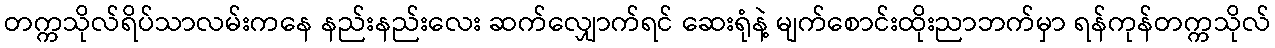
တက္ကသိုလ်ရိပ်သာလမ်းကနေ နည်းနည်းလေး ဆက်လျှောက်ရင် ဆေးရုံနဲ့ မျက်စောင်းထိုးညာဘက်မှာ ရန်ကုန်တက္ကသိုလ်